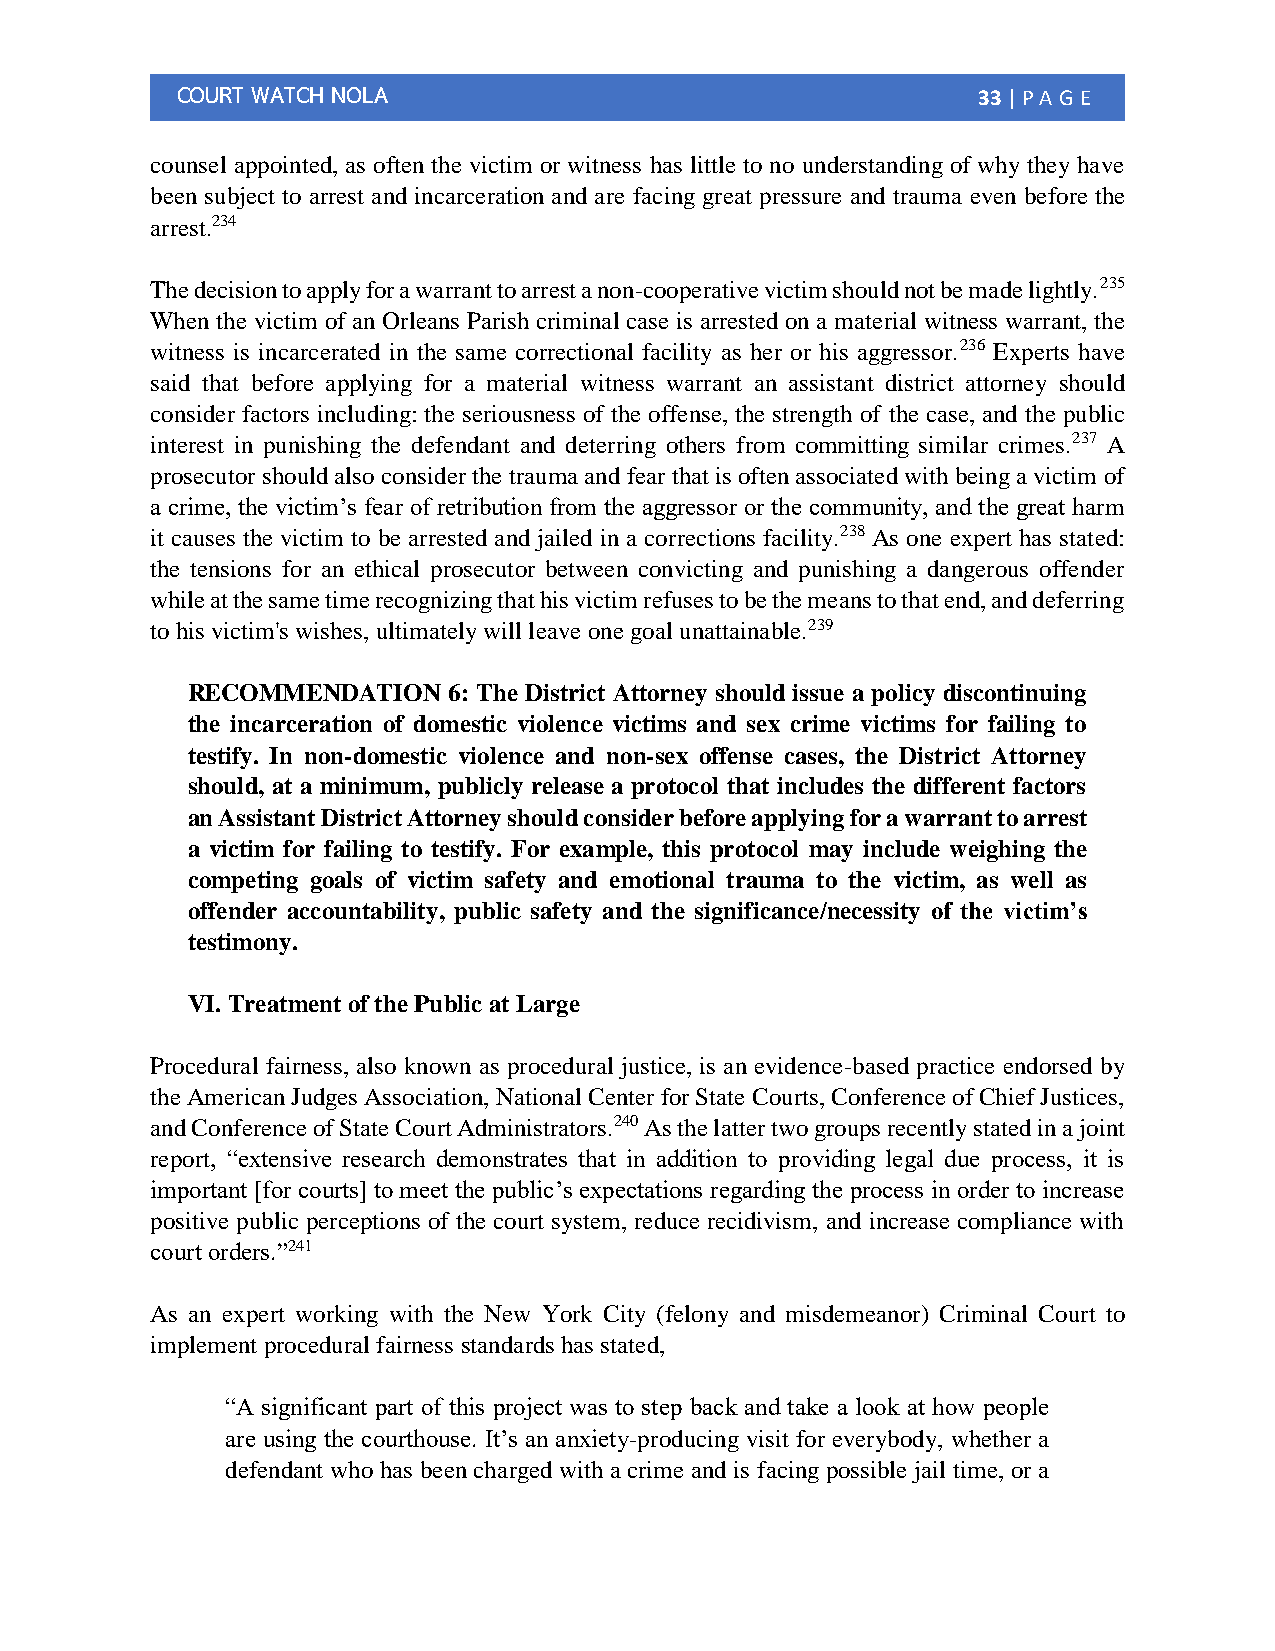
COURT WATCH NOLA                                     33 | PA G E
 counsel appointed, as often the victim or witness has little to no understanding of why they have
 been subject to arrest and incarceration and are facing great pressure and trauma even before the
 arrest.234
 The decision to apply for a warrant to arrest a non-cooperative victim should not be made lightly.235
 When the victim of an Orleans Parish criminal case is arrested on a material witness warrant, the
 witness is incarcerated in the same correctional facility as her or his aggressor.236 Experts have
 said that before applying for a material witness warrant an assistant district attorney should
 consider factors including: the seriousness of the offense, the strength of the case, and the public
 interest in punishing the defendant and deterring others from committing similar crimes.237 A
 prosecutor should also consider the trauma and fear that is often associated with being a victim of
 a crime, the victim’s fear of retribution from the aggressor or the community, and the great harm
 it causes the victim to be arrested and jailed in a corrections facility.238 As one expert has stated:
 the tensions for an ethical prosecutor between convicting and punishing a dangerous offender
 while at the same time recognizing that his victim refuses to be the means to that end, and deferring
 to his victim's wishes, ultimately will leave one goal unattainable.239
 RECOMMENDATION    6: The District Attorney should issue a policy discontinuing
 the incarceration of domestic violence victims and sex crime victims for failing to
 testify. In non-domestic violence and non-sex offense cases, the District Attorney
 should, at a minimum, publicly release a protocol that includes the different factors
 an Assistant District Attorney should consider before applying for a warrant to arrest
 a victim for failing to testify. For example, this protocol may include weighing the
 competing goals of victim safety and emotional trauma to the victim, as well as
 offender accountability, public safety and the significance/necessity of the victim’s
 testimony.
 VI. Treatment of the Public at Large
 Procedural fairness, also known as procedural justice, is an evidence-based practice endorsed by
 the American Judges Association, National Center for State Courts, Conference of Chief Justices,
 and Conference of State Court Administrators.240 As the latter two groups recently stated in a joint
 report, “extensive research demonstrates that in addition to providing legal due process, it is
 important [for courts] to meet the public’s expectations regarding the process in order to increase
 positive public perceptions of the court system, reduce recidivism, and increase compliance with
 court orders.”241
 As an expert working with the New York City (felony and misdemeanor) Criminal Court to
 implement procedural fairness standards has stated,
 “A significant part of this project was to step back and take a look at how people
 are using the courthouse. It’s an anxiety-producing visit for everybody, whether a
 defendant who has been charged with a crime and is facing possible jail time, or a